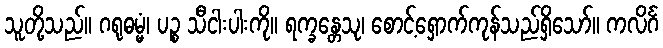
သူတို့သည်။ ဂရုဓမ္မံ၊ ပဉ္စ သီငါးပါးကို။ ရက္ခန္တေသု၊ စောင့်ရှောက်ကုန်သည်ရှိသော်။ ကလိင်္ဂ